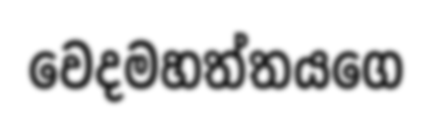
වෙදමහත්තයගෙ